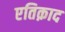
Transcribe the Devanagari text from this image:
एतिक़ाद